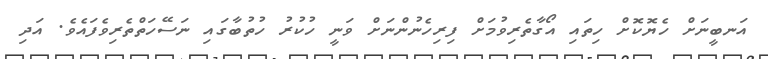
އަނބީނަށް ހެޔޮކޮށް ހިތައި އޯގާތެރިވުމަށް ފިރިހެނުންނަށް ވަނީ ހުކުރު ހުތުބާގައި ނަސޭހަތްތެރިވެފައެވެ. އަދި